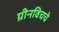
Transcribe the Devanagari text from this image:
ग्रीनविचचे